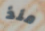
منذ